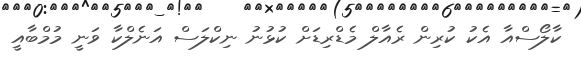
ކާލޯސްއާ އެކު ކުރިން ރެއާލް މެޑްރިޑަށް ކުޅުނު ނިކްލަސް އަނެލްކާ ވަނީ މުމްބާއީ